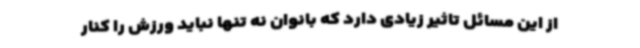
از این مسائل تاثیر زیادی دارد که بانوان نه تنها نباید ورزش را کنار